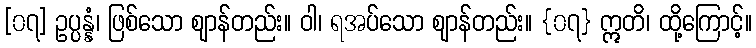
[၀၇] ဥပ္ပန္နံ၊ ဖြစ်သော ဈာန်တည်း။ ဝါ၊ ရအပ်သော ဈာန်တည်း။ {၀၇} ဣတိ၊ ထို့ကြောင့်။